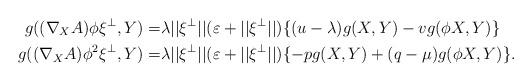
LaTeX: \begin{align*}g((\nabla_XA)\phi \xi^\perp,Y)=&\lambda||\xi^\perp||(\varepsilon+||\xi^\perp||) \{(u-\lambda)g(X,Y)-vg(\phi X,Y)\}\\g((\nabla_XA)\phi^2 \xi^\perp,Y)=&\lambda||\xi^\perp||(\varepsilon+||\xi^\perp||) \{-pg(X,Y)+(q-\mu)g(\phi X,Y)\}.\end{align*}